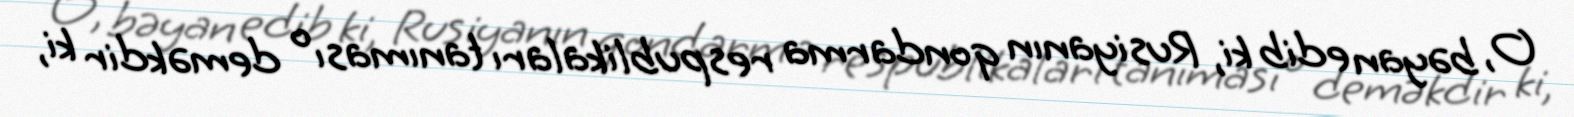
O, bəyan edib ki, Rusiyanın qondarma respublikaları tanıması o deməkdir ki,